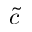
\tilde { c }